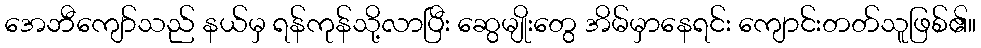
အေဘီကျော်သည် နယ်မှ ရန်ကုန်သို့လာပြီး ဆွေမျိုးတွေ အိမ်မှာနေရင်း ကျောင်းတတ်သူဖြစ်၏။